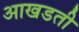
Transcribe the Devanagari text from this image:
आखडती